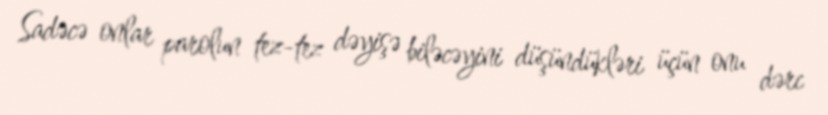
Sadəcə onlar parolun tez-tez dəyişə biləcəyini düşündükləri üçün onu dərc